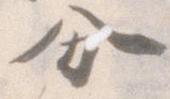
分